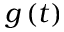
g \left( t \right)